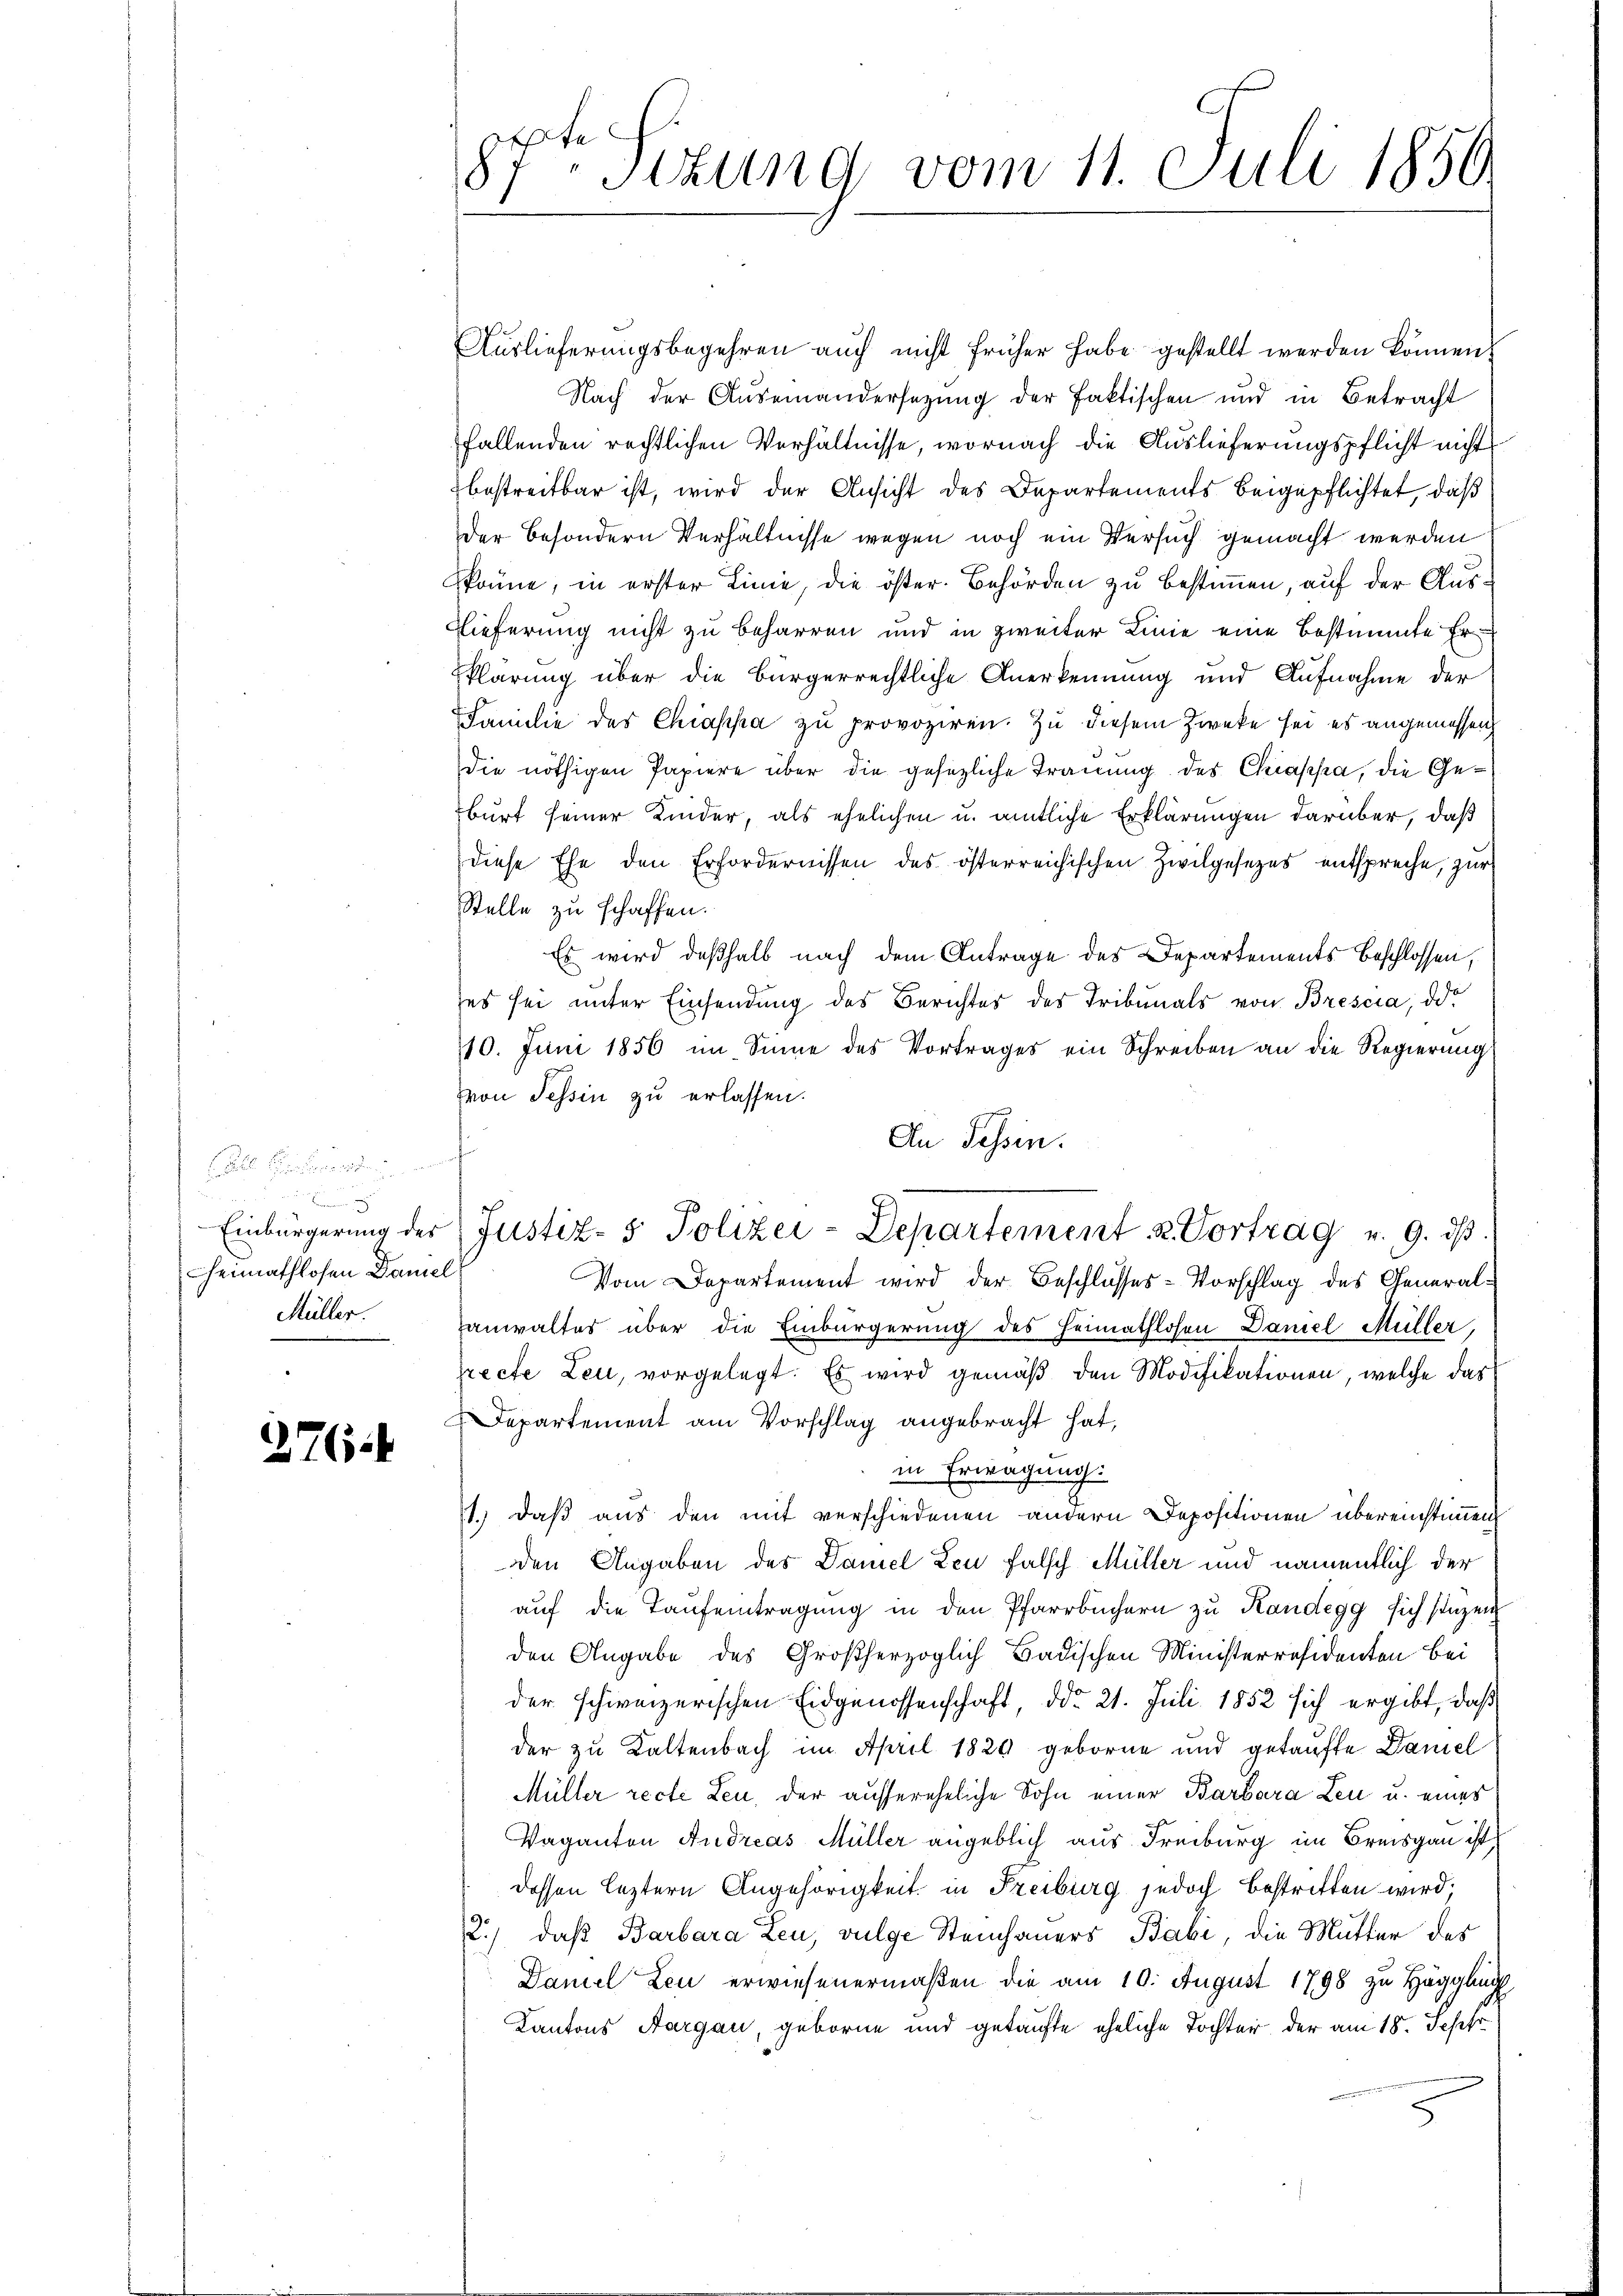
Fr
u

heimathlosen Damel
Müller.

276.

Exte
87 sizung vom 11. Juli 1850

Auslieferungsbegehren auch nicht früher habe gestellt werden können.
Nach der Auseinandersezung der faktischen und in Betracht
fallenden rechtlichen Verhältnisse, wornach die Auslieferungspflicht nicht
bestreitbar ist, wird der Ansicht des Departements beigepflichtet, daß
der besondern Verhältnisse wegen noch ein Versuch gemacht werden
könne, in erster Linie, die öster. Behörden zu bestimmen, auf der Aus¬
Nieferung nicht zu beharren und in zweiter Linie eine bestimmte Erklärung über die bürgerrechtliche Anerkennung und Aufnahme der
Familie des Chiassa zu provoziren. Zu diesem Zwecke sei es angemessen
die nöthigen Papiere über die gesezliche Trauung des Chiappa, die Geburt seiner Kinder, als ehelichen u. amtliche Erklärungen darüber, daß
diese Ehe den Erfordernissen des österreichischen Zivilgesezes entspreche, zur
Stelle zu schaffen.
Es wird deßhalb nach dem Antrage des Departements Beschlossen,
es sei unter Einsendung des Berichtes des Tribunals von Brescia, das
10. Juni 1856 im Sinne des Vortrages ein Schreiben an die Regierung
von Tessin zu erlassen.
s
a
Einbürgerŭng der Justiz- & Polizei-Departement u. Vortrag v. 9. dβ.
Vom Departement wird der Beschlusses-Vorschlag des General¬
Hanwaltes über die Einbürgerung des Heimathlosen Daniel Müller,
recte Leu, vorgelegt. Es wird gemäß den Modifikationen, welche das
Departement am Vorschlag angebracht hat,
in Erwägung:
1.) daß aus den mit verschiedenen andern Depositionen übereinstimmen
den Angaben des Damel Leu falsch Müller und namentlich der
auf die Taufeintragung in den Pfarrbüchern zu Kandegg sich stüzen
den Angabe des Großherzoglich Badischen Ministerresidenten bei
der schweizerischen Eidgenossenschaft, ddo 21. Juli 1852 sich ergibt, daß
der zu Kaltenbach im April 1829 geborne und getaufte Daniel
Müller recte Leu, der aussereheliche Sohn einer Barbara Leu u. eines
Vaganton Andreas Müller angeblich aus Freiburg im Breisgau ist,
dessen leztern Angehörigkeit in Freiburg jedoch bestritten wird;
2.) daß Barbara Leu, vulge Steinhauers Babi, die Mutter des
Daniel Leu erwiesenermaßen die am 10. August 1798 zu Hägglich
Kantons Aargau, geborne und gekaufte eheliche Tochter, der am 18. Sept
5

An Tessin.